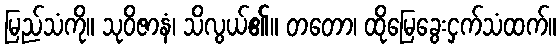
မြည်သံကို။ သုဝိဇာနံ၊ သိလွယ်၏။ တတော၊ ထိုမြေခွေးငှက်သံထက်။